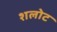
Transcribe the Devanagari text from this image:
शलोट